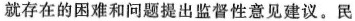
就存在的困难和问题提出监督性意见建议。民